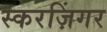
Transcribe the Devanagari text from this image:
स्करज़िंगर